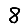
Digit: 8